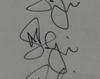
Signature authenticity: genuine